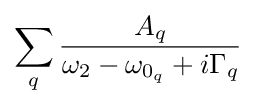
\sum _{q}{\frac {A_{q}}{\omega _{2}-\omega _{0_{q}}+i\Gamma _{q}}}